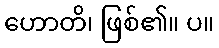
ဟောတိ၊ ဖြစ်၏။ ပ။